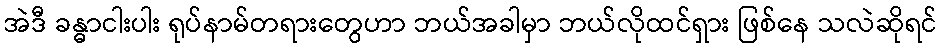
အဲဒီ ခန္ဓာငါးပါး ရုပ်နာမ်တရားတွေဟာ ဘယ်အခါမှာ ဘယ်လိုထင်ရှား ဖြစ်နေ သလဲဆိုရင်